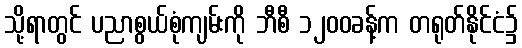
သို့ရာတွင် ပညာစွယ်စုံကျမ်းကို ဘီစီ ၁၂၀၀ခန့်က တရုတ်နိုင်ငံ၌